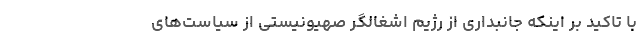
با تاکید بر اینکه جانبداری از رژیم اشغالگر صهیونیستی از سیاست‌های